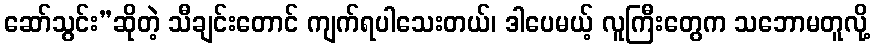
ဆော်သွင်း”ဆိုတဲ့ သီချင်းတောင် ကျက်ရပါသေးတယ်၊ ဒါပေမယ့် လူကြီးတွေက သဘောမတူလို့